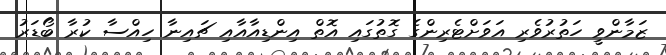
ޒަމާންވީ ހަތުރުވެރި އަވަށްޓެރިންގެ ގޮތުގައި އޮތް އިންޑިއާއާއި ޗައިނާ ހިއްސާ ކުރާ ބޯޑަރު